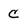
Character: C